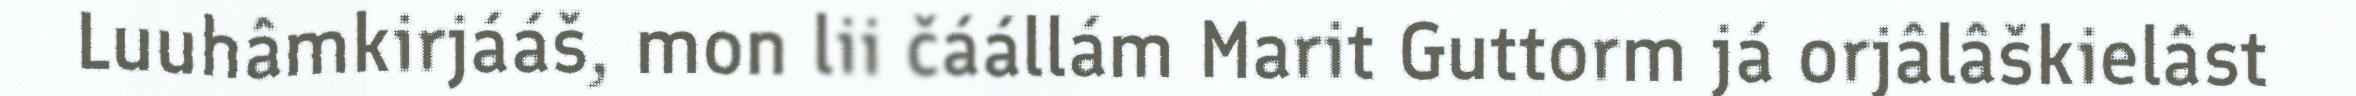
Luuhâmkirjááš, mon lii čáállám Marit Guttorm já orjâlâškielâst